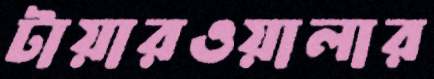
টায়ারওয়ালার